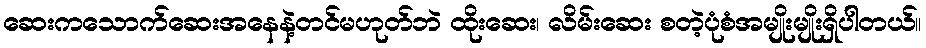
ဆေးကသောက်ဆေးအနေနဲ့တင်မဟုတ်ဘဲ ထိုးဆေး၊ လိမ်းဆေး စတဲ့ပုံစံအမျိုးမျိုးရှိပါတယ်။